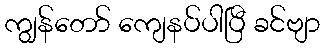
ကျွန်တော် ကျေနပ်ပါပြီ ခင်ဗျာ